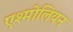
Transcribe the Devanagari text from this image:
एश्मोलियन